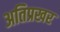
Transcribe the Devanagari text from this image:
अतिप्रखर